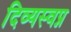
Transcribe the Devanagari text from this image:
दिव्यस्वप्न